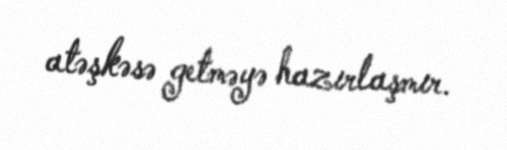
atəşkəsə getməyə hazırlaşmır.